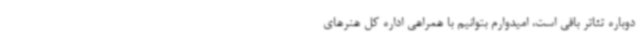
دوباره تئاتر باقی است، امیدوارم بتوانیم با همراهی اداره کل هنرهای